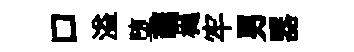
口溢堕蘤樾牢男器